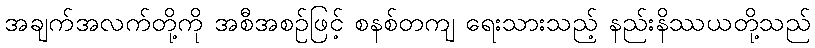
အချက်အလက်တို့ကို အစီအစဉ်ဖြင့် စနစ်တကျ ရေးသားသည့် နည်းနိဿယတို့သည်